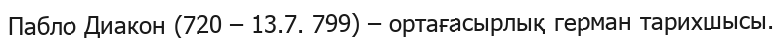
Пабло Диакон (720 – 13.7. 799) – ортағасырлық герман тарихшысы.